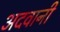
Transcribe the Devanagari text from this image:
अदवानी